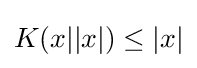
K(x||x|)\leq |x|